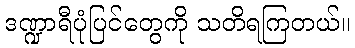
ဒဏ္ဍာရီပုံပြင်တွေကို သတိရကြတယ်။